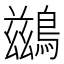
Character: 鷀